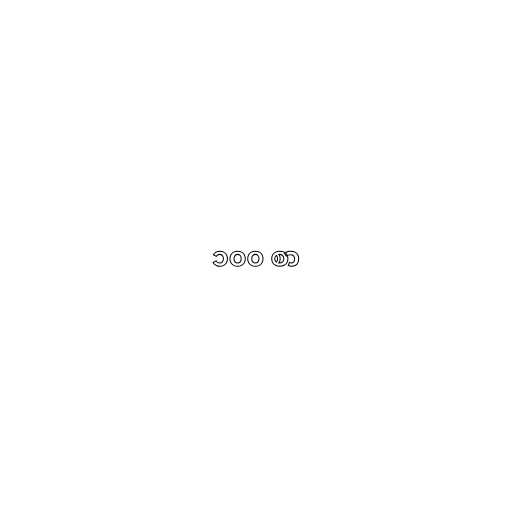
၁၀၀ စာ